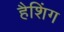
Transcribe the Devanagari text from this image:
हैशिंग